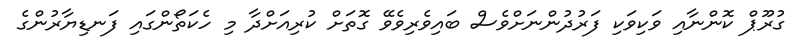
ގުރޫޕް ކޮންނާއި ވަކިވަކި ފަރުދުންނަށްވެސް ބައިވެރިވެވޭ ގޮތަށް ކުރިއަށްދާ މި ހެކަތޯންގައި ފަނޑިޔާރުންގެ